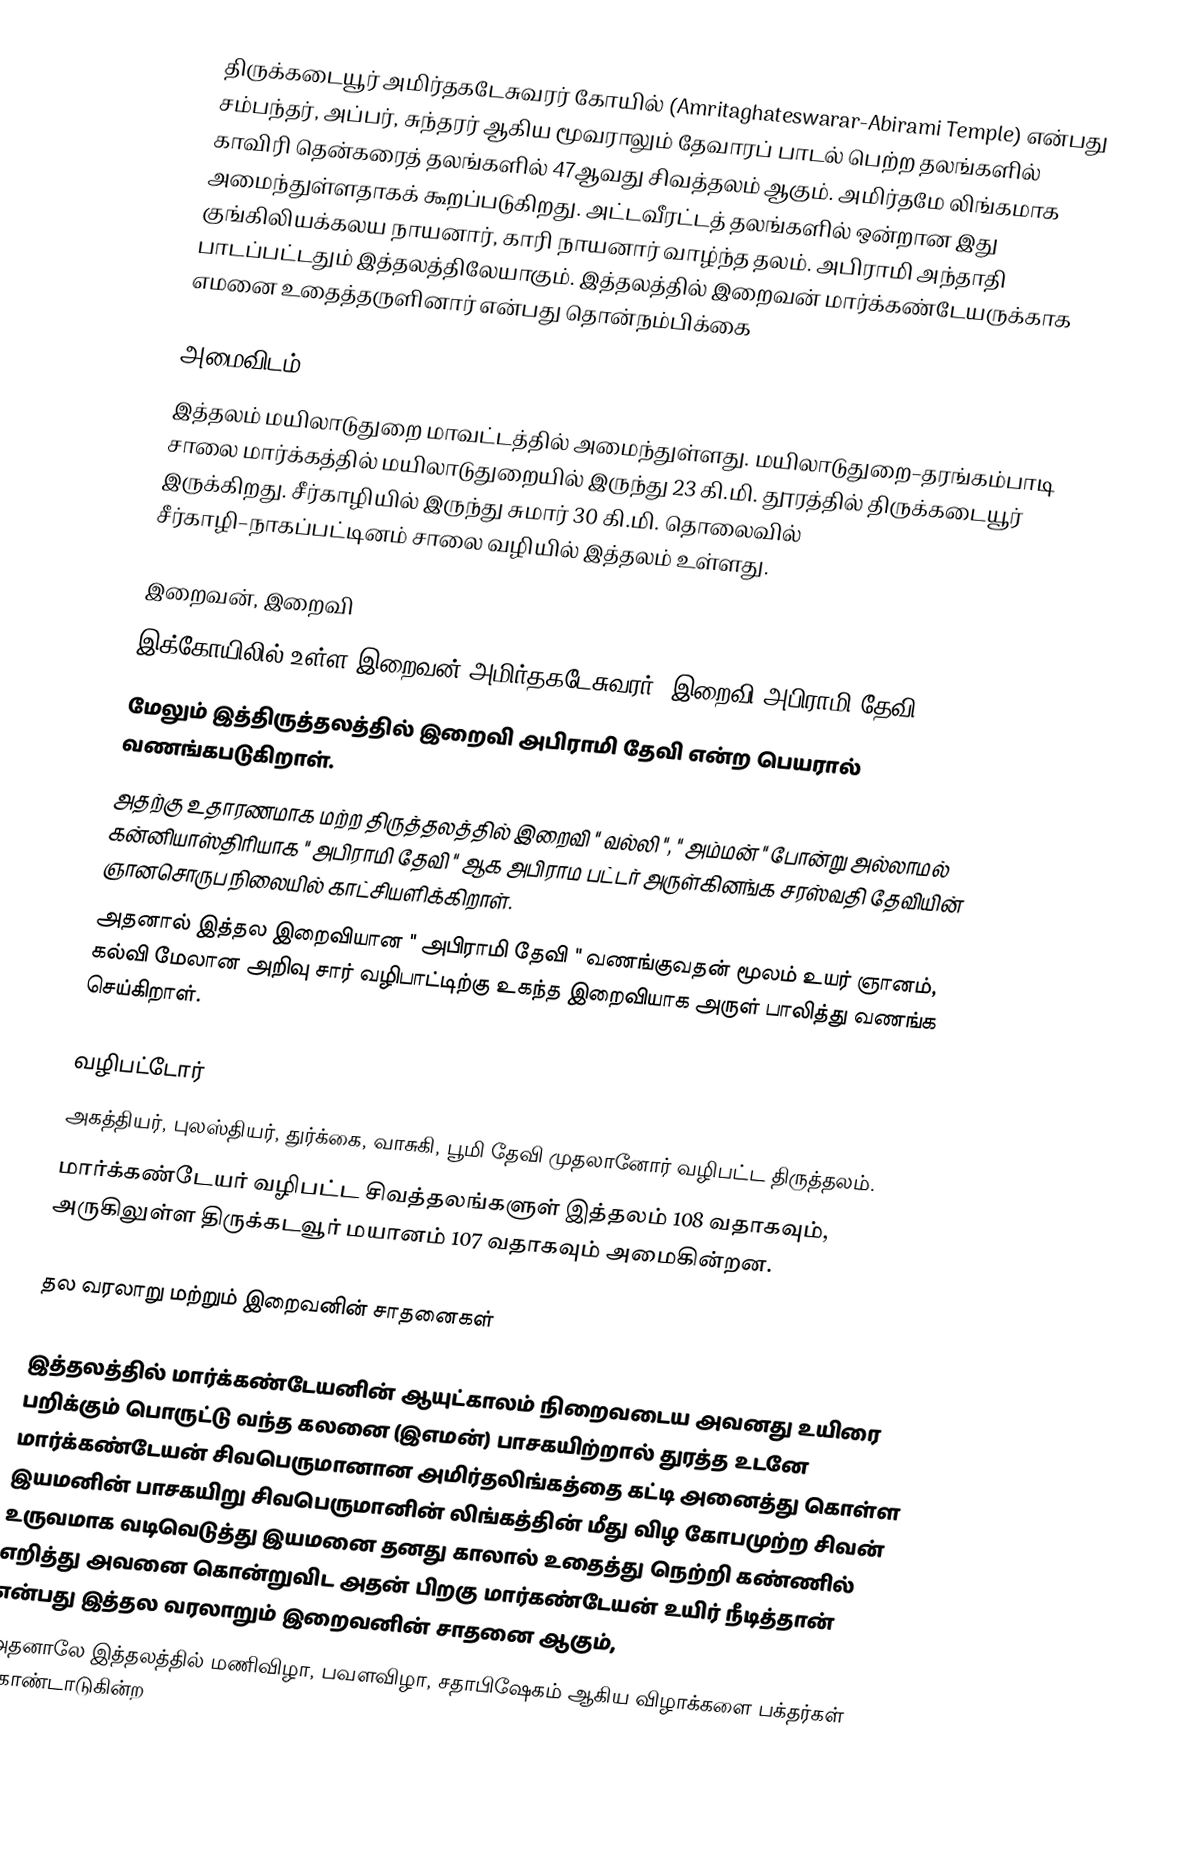
திருக்கடையூர் அமிர்தகடேசுவரர் கோயில் (Amritaghateswarar-Abirami Temple) என்பது சம்பந்தர், அப்பர், சுந்தரர் ஆகிய மூவராலும் தேவாரப் பாடல் பெற்ற தலங்களில் காவிரி தென்கரைத் தலங்களில் 47ஆவது சிவத்தலம் ஆகும். அமிர்தமே லிங்கமாக அமைந்துள்ளதாகக் கூறப்படுகிறது. அட்டவீரட்டத் தலங்களில் ஒன்றான இது குங்கிலியக்கலய நாயனார், காரி நாயனார் வாழ்ந்த தலம். அபிராமி அந்தாதி பாடப்பட்டதும் இத்தலத்திலேயாகும். இத்தலத்தில் இறைவன் மார்க்கண்டேயருக்காக எமனை உதைத்தருளினார் என்பது தொன்நம்பிக்கை

அமைவிடம்
இத்தலம் மயிலாடுதுறை மாவட்டத்தில்  அமைந்துள்ளது. மயிலாடுதுறை–தரங்கம்பாடி சாலை மார்க்கத்தில் மயிலாடுதுறையில் இருந்து 23 கி.மி. தூரத்தில் திருக்கடையூர் இருக்கிறது. சீர்காழியில் இருந்து சுமார் 30 கி.மி. தொலைவில் சீர்காழி–நாகப்பட்டினம் சாலை வழியில் இத்தலம் உள்ளது.

இறைவன், இறைவி
 இக்கோயிலில் உள்ள இறைவன் அமிர்தகடேசுவரர், இறைவி அபிராமி தேவி.
 மேலும் இத்திருத்தலத்தில் இறைவி அபிராமி தேவி என்ற பெயரால் வணங்கபடுகிறாள்.
 அதற்கு உதாரணமாக மற்ற திருத்தலத்தில் இறைவி " வல்லி ", " அம்மன் " போன்று அல்லாமல் கன்னியாஸ்திரியாக " அபிராமி தேவி " ஆக அபிராம பட்டர் அருள்கினங்க சரஸ்வதி தேவியின் ஞானசொருப நிலையில் காட்சியளிக்கிறாள்.
 அதனால் இத்தல இறைவியான " அபிராமி தேவி " வணங்குவதன் மூலம் உயர் ஞானம், கல்வி மேலான அறிவு சார் வழிபாட்டிற்கு உகந்த இறைவியாக அருள் பாலித்து வணங்க செய்கிறாள்.

வழிபட்டோர்
அகத்தியர், புலஸ்தியர், துர்க்கை, வாசுகி, பூமி தேவி முதலானோர் வழிபட்ட திருத்தலம்.
மார்க்கண்டேயர் வழிபட்ட சிவத்தலங்களுள் இத்தலம் 108 வதாகவும், அருகிலுள்ள திருக்கடவூர் மயானம் 107 வதாகவும் அமைகின்றன.

தல வரலாறு மற்றும் இறைவனின் சாதனைகள்

 இத்தலத்தில் மார்க்கண்டேயனின் ஆயுட்காலம் நிறைவடைய அவனது உயிரை பறிக்கும் பொருட்டு வந்த கலனை (இஎமன்) பாசகயிற்றால் துரத்த உடனே மார்க்கண்டேயன் சிவபெருமானான அமிர்தலிங்கத்தை கட்டி அனைத்து கொள்ள இயமனின் பாசகயிறு சிவபெருமானின் லிங்கத்தின் மீது விழ கோபமுற்ற சிவன் உருவமாக வடிவெடுத்து இயமனை தனது காலால் உதைத்து நெற்றி கண்ணில் எறித்து அவனை கொன்றுவிட அதன் பிறகு மார்கண்டேயன் உயிர் நீடித்தான் என்பது இத்தல வரலாறும் இறைவனின் சாதனை ஆகும்,
 அதனாலே இத்தலத்தில் மணிவிழா, பவளவிழா, சதாபிஷேகம் ஆகிய விழாக்களை  பக்தர்கள் கொண்டாடுகின்ற